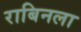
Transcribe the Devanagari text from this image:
राबिनला